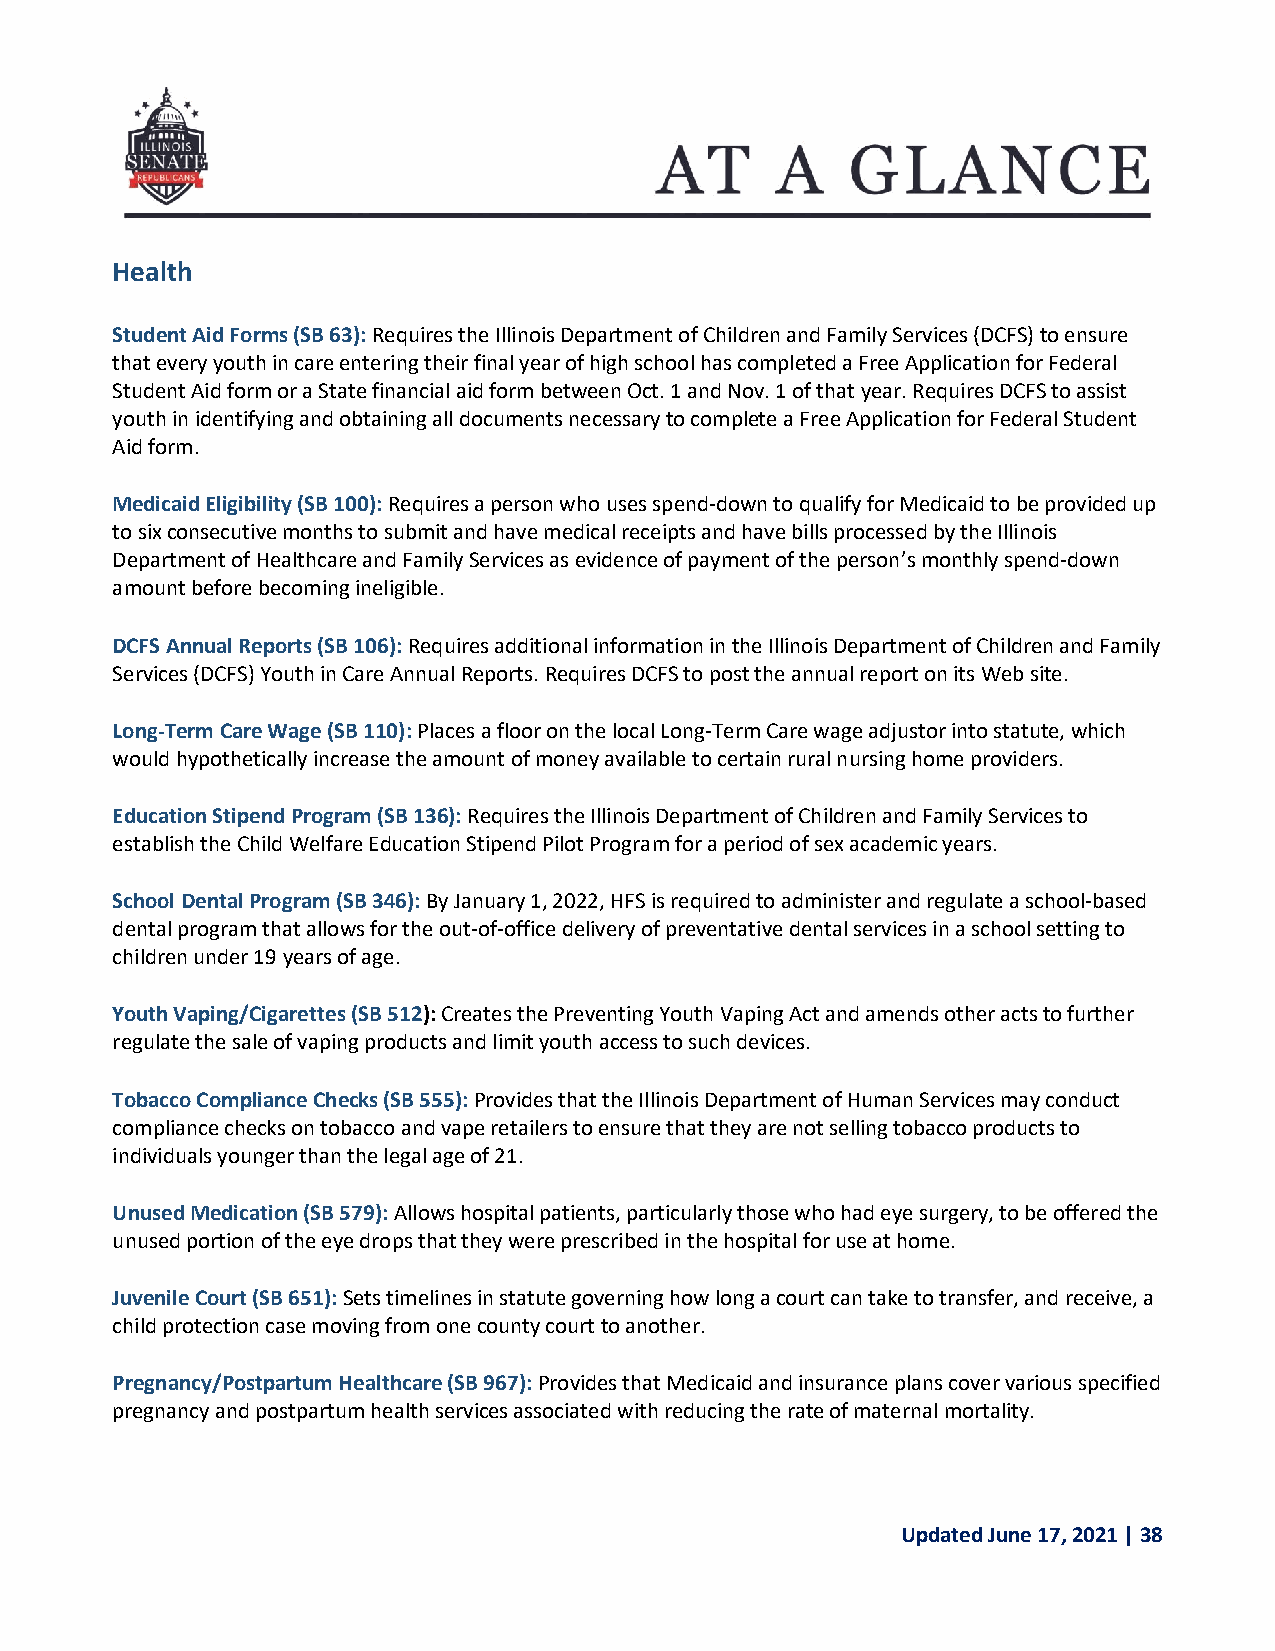
Health
 Student Aid Forms (SB 63): Requires the Illinois Department of Children and Family Services (DCFS) to ensure
 that every youth in care entering their final year of high school has completed a Free Application for Federal
 Student Aid form or a State financial aid form between Oct. 1 and Nov. 1 of that year. Requires DCFS to assist
 youth in identifying and obtaining all documents necessary to complete a Free Application for Federal Student
 Aid form.
 Medicaid Eligibility (SB 100): Requires a person who uses spend-down to qualify for Medicaid to be provided up
 to six consecutive months to submit and have medical receipts and have bills processed by the Illinois
 Department of Healthcare and Family Services as evidence of payment of the person’s monthly spend-down
 amount before becoming ineligible.
 DCFS Annual Reports (SB 106): Requires additional information in the Illinois Department of Children and Family
 Services (DCFS) Youth in Care Annual Reports. Requires DCFS to post the annual report on its Web site.
 Long-Term Care Wage (SB 110): Places a floor on the local Long-Term Care wage adjustor into statute, which
 would hypothetically increase the amount of money available to certain rural nursing home providers.
 Education Stipend Program (SB 136): Requires the Illinois Department of Children and Family Services to
 establish the Child Welfare Education Stipend Pilot Program for a period of sex academic years.
 School Dental Program (SB 346): By January 1, 2022, HFS is required to administer and regulate a school-based
 dental program that allows for the out-of-office delivery of preventative dental services in a school setting to
 children under 19 years of age.
 Youth Vaping/Cigarettes (SB 512): Creates the Preventing Youth Vaping Act and amends other acts to further
 regulate the sale of vaping products and limit youth access to such devices.
 Tobacco Compliance Checks (SB 555): Provides that the Illinois Department of Human Services may conduct
 compliance checks on tobacco and vape retailers to ensure that they are not selling tobacco products to
 individuals younger than the legal age of 21.
 Unused Medication (SB 579): Allows hospital patients, particularly those who had eye surgery, to be offered the
 unused portion of the eye drops that they were prescribed in the hospital for use at home.
 Juvenile Court (SB 651): Sets timelines in statute governing how long a court can take to transfer, and receive, a
 child protection case moving from one county court to another.
 Pregnancy/Postpartum Healthcare (SB 967): Provides that Medicaid and insurance plans cover various specified
 pregnancy and postpartum health services associated with reducing the rate of maternal mortality.
 Updated June 17, 2021 | 38